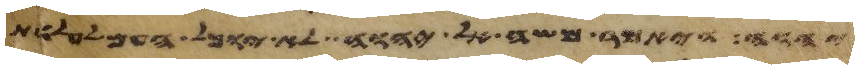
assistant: יהוה ויאמר משה אל יהוה לא יוכל העם לעלות